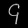
Digit: ၄